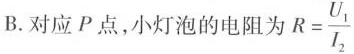
B.对应P点，小灯泡的电阻为 $$R= \frac{U_{1}}{I_{2}}$$